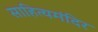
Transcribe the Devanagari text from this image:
साहित्यमंदिर